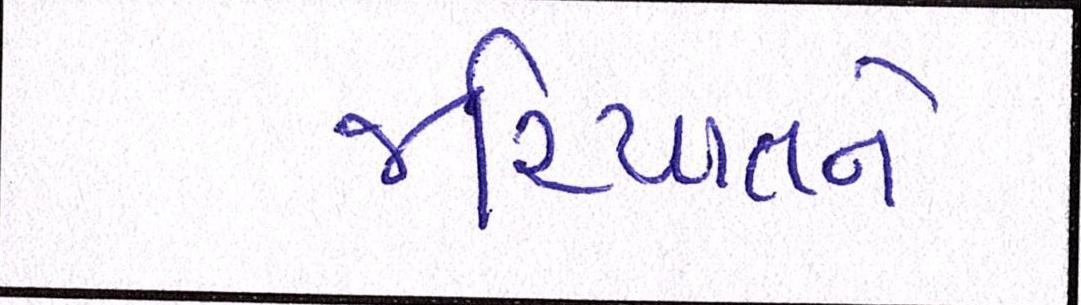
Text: જરિયાતને